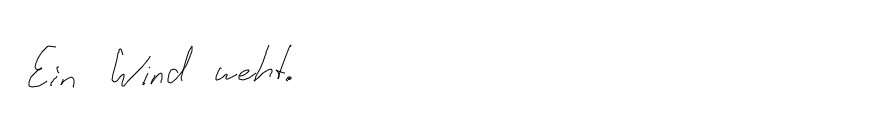
Ein Wind weht.